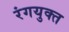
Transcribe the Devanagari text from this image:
रंगयुक्त